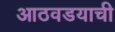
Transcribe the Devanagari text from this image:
आठवडयाची